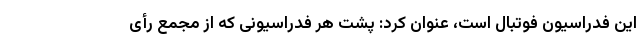
این فدراسیون فوتبال است، عنوان کرد: پشت هر فدراسیونی که از مجمع رأی